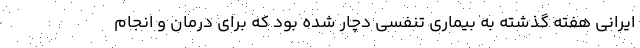
ایرانی هفته گذشته به بیماری تنفسی دچار شده بود که برای درمان و انجام